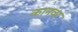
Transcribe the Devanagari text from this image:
कानवर